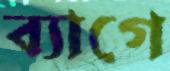
ব্যাগে